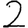
Digit: 2